Report on sanitation, dispensaries, and jails in Rajputana for 1914, and on vaccination for the year 1914-1915 - 1914-1915
Year: 1914
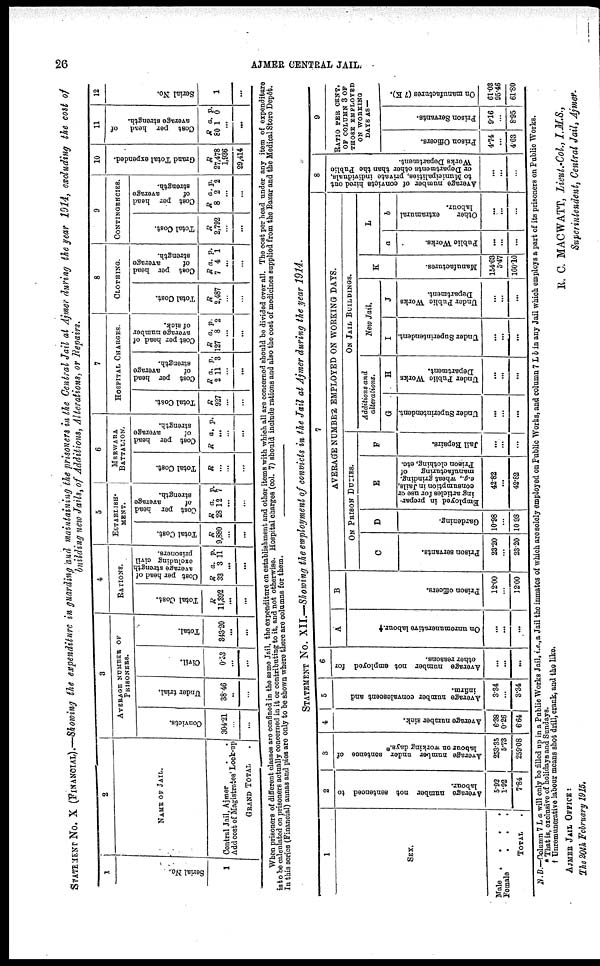
26
AJMER CENTRAL JAIL.
STATEMENT No. X (FINANCIL).—Showing the expenditure in guarding and maintaining the prisoners in the Central Jail at Ajmer during the year 1914, excluding the cost of
building new Jails, of Additions, Alterations, or Repairs.
1
Serial No.
1
2
NAME OF JAIL.
Contral Jail, Ajmer . . . .
Add cost of Magistrates' Lock-up
GRAND TOTAL .
3
AVERAGE NUMBER OF
PRISONERS.
Convicts.
304.21
...
...
Under trial.
38.46
...
...
Civil.
0.33
...
...
Total.
343.20
...
...
4
RATIONS.
Total Cost.
R
11,392
...
...
Cost per head of
average strength
excluding civil
prisoners.
R
33
a.
3
p.
11
...
...
5
ESTABLISH-
MENT.
Total Cost.
R
9,880
...
...
Cost per head
of
average
strength.
R
28
a.
12
p.
7
...
...
6
MERWARA
BATTALION.
Total Cost.
R
...
...
...
Cost per head
of
average
strength.
R a. p.
...
...
...
7
HOSPITAL CHARGES.
Total Cost.
R
927
...
...
Cost per head
of
average
strength.
R
2
a.
11
p.
3
...
...
Cost per head of
average number
of sick.
R
127
a.
8
p.
2
...
...
8
CLOTHING.
Total Cost.
R
2,487
...
...
Cost per head
of
average
strength.
R
7
a.
4
p.
1
...
...
9
CONTINGENCIES.
Total Cost.
R
2,792
...
...
Cost per head
of
average
strength.
R
8
a.
2
p.
2
...
...
10
Grand Total expended.
R
27,478
1,936
29,414
11
Cost per head of
average strength.
R
80
a
1
p.
0
...
...
12
Serial No.
1
...
When prisoners of different classes are confined in the same Jail, the expenditure on establishment and other items with which all are concerned be divided over all. The cost per head under any item expenditure
is to be calculated on prisoners actually concerned in it or contributing to it, and not otherwise. Hospital charges (col. 7) should include rations and also the cost of medicines supplied from the Bazar and the Medical Store Depôt.
In this series (Financial) annas and pies are only to be shown where there are columns are columns for them.
STATEMENT No. XII.—Showing the employment of convicts in the Jail at Ajmer during the year 1914.
1
SEX.
Male
.
.
.
.
Female . . .
TOTAL .
2
Average number not sentenced to
labour.
5.92
1.92
7.84
3
Average number under sentence of
labour on working days.*
253.35
5.73
259.08
4
Average number sick.
6.38
0.26
6.64
5
Average number convalescent and
infirm.
3.34
...
3.34
6
Average number not employed for
other reasons.
...
...
...
7
A
On unremunerative labour. †
...
...
...
B
Prison officers.
12.00
...
12.00
AVERAGE NUMBER EMPLOYED ON WORKING DAYS.
ON PRISON DUTIES.
C
Prison servants.
23.20
...
23.20
D
Gardening.
10.98
...
10.98
E
Employed in prepar-
ing articles for use or
consumption in Jails,
e.g., wheat grinding,
manufacturing
of
Prison clothing, etc.
42.82
...
42.82
F
Jail Repairs.
...
...
...
ON JAIL BULLDINGS.
Additions and
alterations.
G
Under Superintendent.
...
...
...
H
Under Public Works
Department.
...
...
...
New Jail.
I
Under Superintendent.
...
...
...
J
Under Public Works
Department.
...
...
...
K
Manufactures.
154.63
5.47
160.10
L
a
Public Works.
...
...
...
b
Other
extramural
labour.
...
...
...
8
Average number of convicts hired out
to Municipalities, private individuals,
or Departments other than the Public
Works Department.
...
...
...
9
RATIO PER CENT.
OF COLUMN 3 OF
THOSE EMPLOYED
ON WORKING
DAYS AS —
Prison Officers.
4.74
...
4.63
Prison Servants.
9.16
8.95
On manufactures (7 K).
61.03
95.46
61.80
N. B.—Column 7 L a will only be filled up in a Public Works Jail, i.e., a Jail the inmates of which are solely employed on Public Works, and column 7 L b in any Jail which employs a part of its prisoners on Public Works.
* That is, exclusive of holidays and Sundays.
† Unremunerative labour means shot drill, crank, and the like.
AJMER JAIL OFFICE :
The 20th February 1915.
R. C. MACWATT, Lieut.-Col, I.M.S.,
Superintendent, Central Jail, Ajmer.